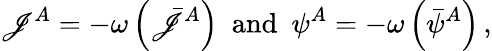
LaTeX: \mathscr{J}^{A}=-\omega\left(\bar{{\mathscr{J}}}^{A}\right)\ \ \mathrm{{and}}\ \ \psi^{A}=-\omega\left(\bar{{\psi}}^{A}\right)\, ,